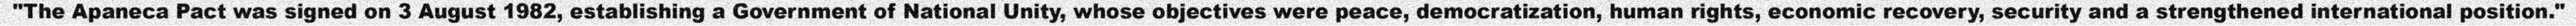
"The Apaneca Pact was signed on 3 August 1982, establishing a Government of National Unity, whose objectives were peace, democratization, human rights, economic recovery, security and a strengthened international position."